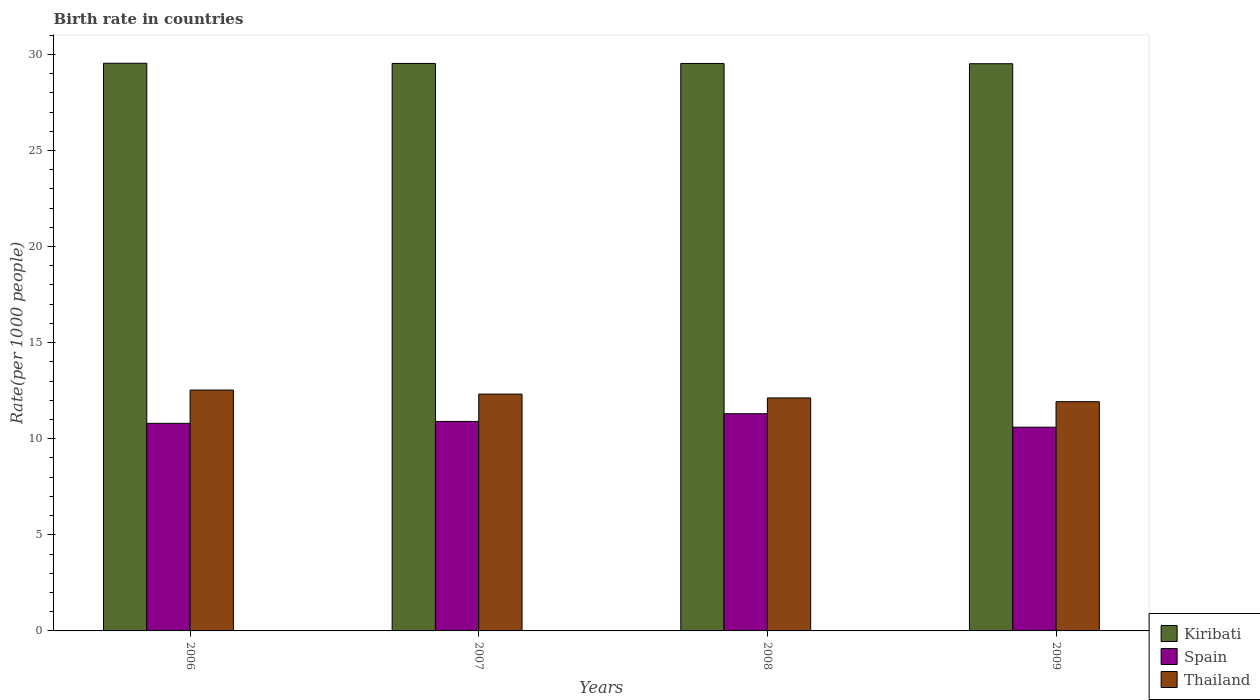
| Years | Kiribati | Spain | Thailand |
 | --- | --- | --- | --- |
 | 2006 | 29.5 | 10.8 | 12.5 |
 | 2007 | 29.5 | 10.9 | 12.3 |
 | 2008 | 29.5 | 11.3 | 12.1 |
 | 2009 | 29.5 | 10.6 | 11.9 |